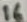
Text: 16